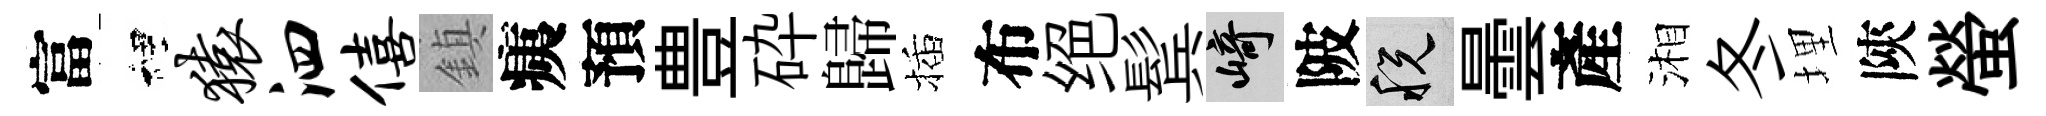
富裡猿泗僖鎮痍預豊砕歸插布绝鬂崎陂税曇產湘冬埋陝螢